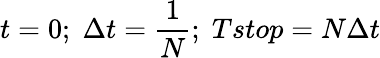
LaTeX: t=0;\; \Delta t=\frac{1}{N};\; Tstop=N\Delta t